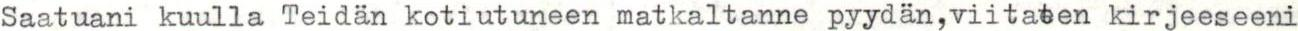
Saatuani kuulla Teidän kotiutuneen matkaltanne pyydän,viitaten kirjeeseeni